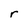
Character: r